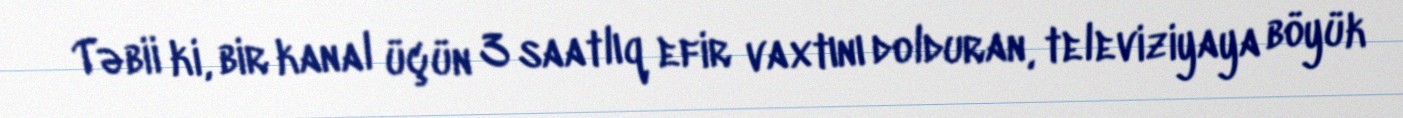
Təbii ki, bir kanal üçün 3 saatlıq efir vaxtını dolduran, televiziyaya böyük